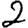
Digit: 2